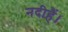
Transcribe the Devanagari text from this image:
नदीहैं।